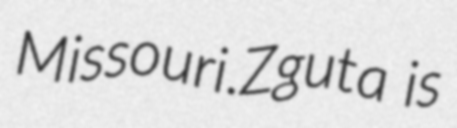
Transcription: Missouri.Zguta is